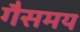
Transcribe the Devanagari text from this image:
गैसमय